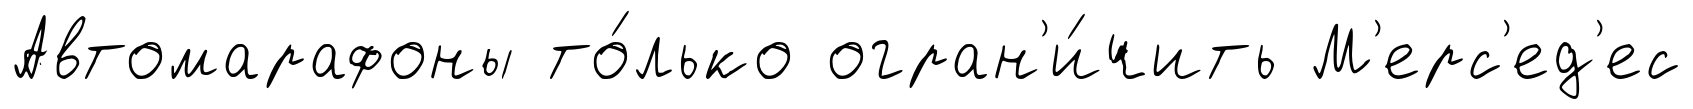
Автомарафоны то́лько огран'и́чить М'ерс'ед'ес